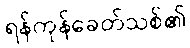
ရန်ကုန်ခေတ်သစ်၏